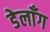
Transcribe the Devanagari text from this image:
डेलाँग